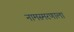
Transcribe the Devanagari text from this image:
नामस्मरणाला